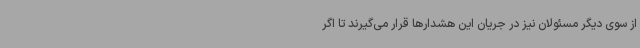
از سوی دیگر مسئولان نیز در جریان این هشدارها قرار می‌گیرند تا اگر